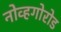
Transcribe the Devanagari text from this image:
नोव्हगोरोड